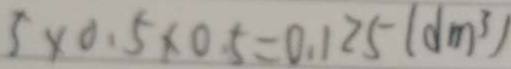
5 \times 0 . 5 \times 0 . 5 = 0 . 1 2 5 ( d m ^ { 3 } )